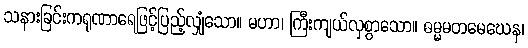
သနားခြင်းကရုဏာရေဖြင့်ပြည့်လျှံသော။ မဟာ၊ ကြီးကျယ်လှစွာသော။ ဓမ္မမတမေဃေန၊